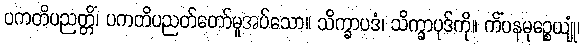
ပကတိပညတ္တိံ၊ ပကတိပညတ်တော်မူအပ်သော။ သိက္ခာပဒံ၊ သိက္ခာပုဒ်ကို။ ကိံပနမုဉ္စေယျုံ၊